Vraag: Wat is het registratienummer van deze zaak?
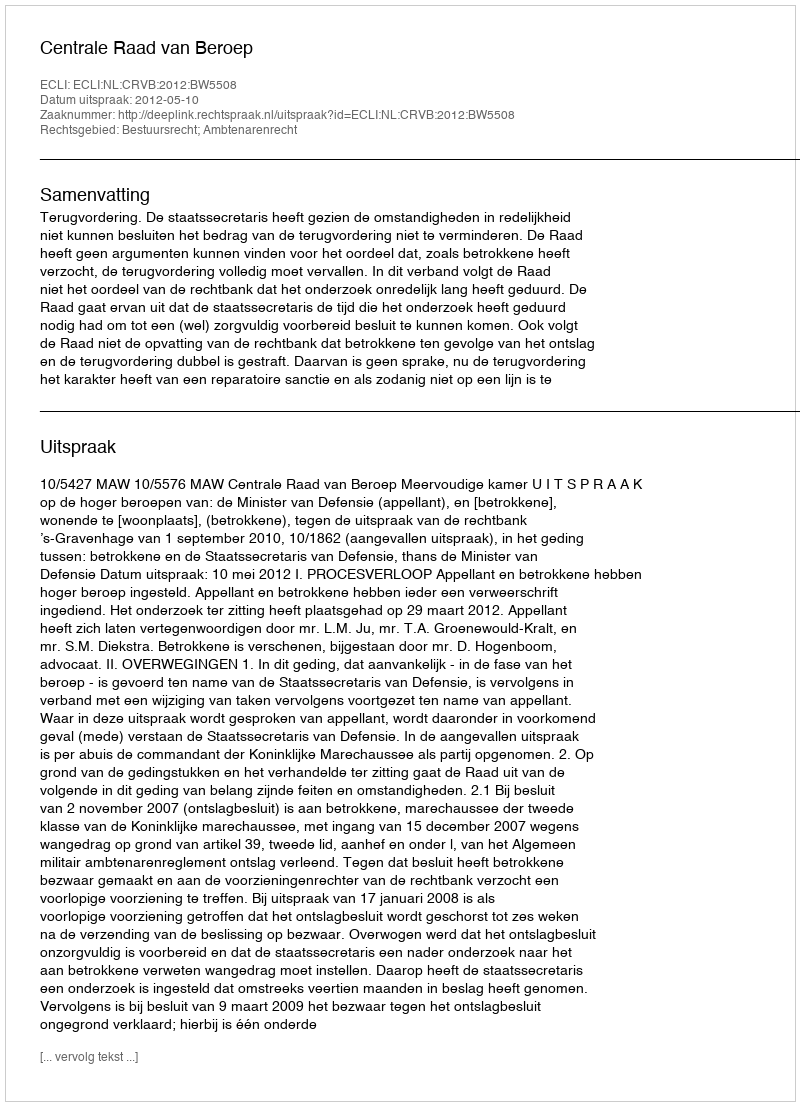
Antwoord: http://deeplink.rechtspraak.nl/uitspraak?id=ECLI:NL:CRVB:2012:BW5508